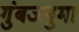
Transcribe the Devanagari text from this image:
गुंबजनुमा